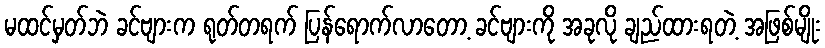
မထင်မှတ်ဘဲ ခင်ဗျားက ရုတ်တရက် ပြန်ရောက်လာတော့ ခင်ဗျားကို အခုလို ချည်ထားရတဲ့ အဖြစ်မျိုး